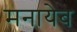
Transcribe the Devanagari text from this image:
मनायेब